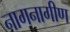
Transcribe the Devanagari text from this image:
नागनागीण